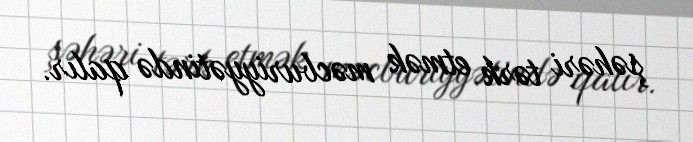
şəhəri tərk etmək məcburiyyətində qalır.